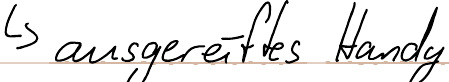
-> ausgereiftes Handy